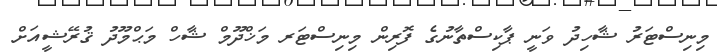
މިނިސްޓަރު ޝާހިދު ވަނީ ޕާކިސްތާނުގެ ފޮރިން މިނިސްޓަރ މަޚްދޫމް ޝާހް މަޙްމޫދު ޤުރޭޝީއަށް